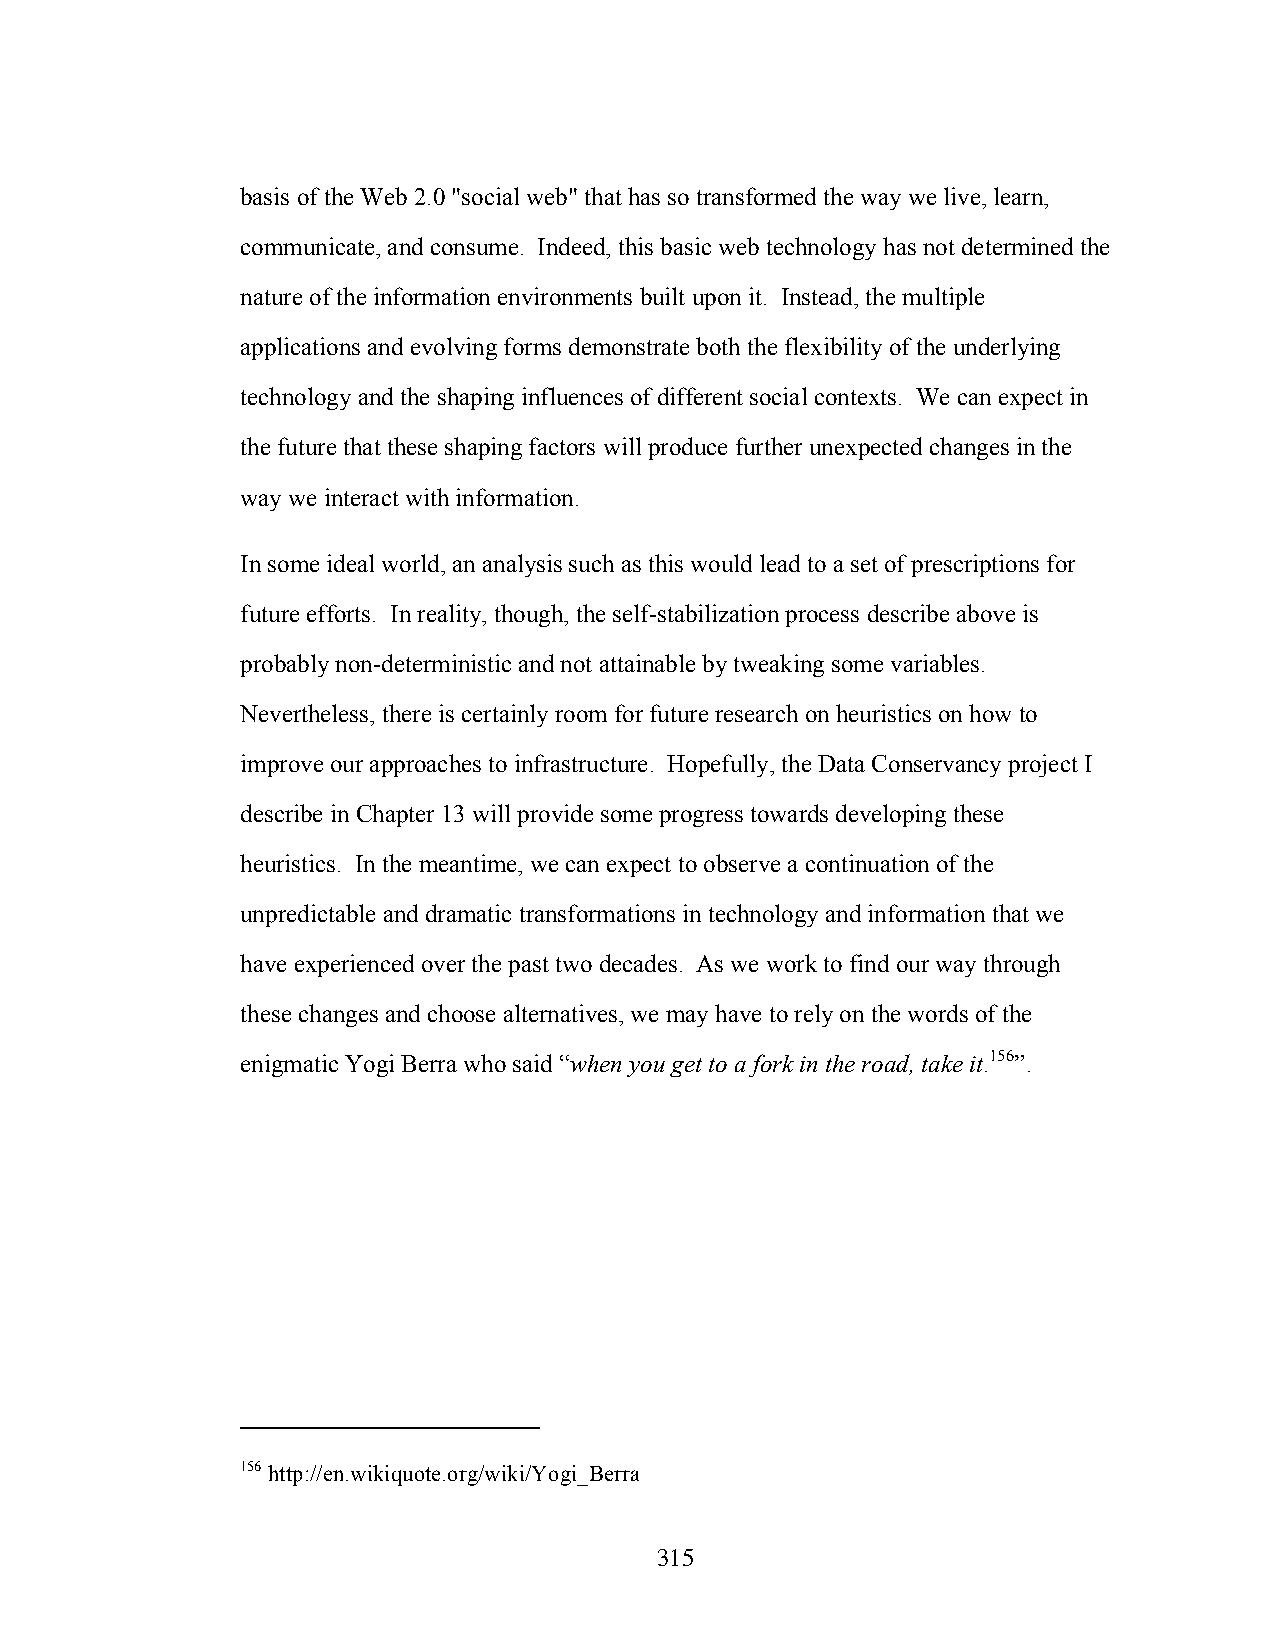
basis of the Web 2.0 "social web" that has so transformed the way we live, learn,
 communicate, and consume. Indeed, this basic web technology has not determined the
 nature of the information environments built upon it. Instead, the multiple
 applications and evolving forms demonstrate both the flexibility of the underlying
 technology and the shaping influences of different social contexts. We can expect in
 the future that these shaping factors will produce further unexpected changes in the
 way we interact with information.
 In some ideal world, an analysis such as this would lead to a set of prescriptions for
 future efforts. In reality, though, the self-stabilization process describe above is
 probably non-deterministic and not attainable by tweaking some variables.
 Nevertheless, there is certainly room for future research on heuristics on how to
 improve our approaches to infrastructure. Hopefully, the Data Conservancy project I
 describe in Chapter 13 will provide some progress towards developing these
 heuristics. In the meantime, we can expect to observe a continuation of the
 unpredictable and dramatic transformations in technology and information that we
 have experienced over the past two decades. As we work to find our way through
 these changes and choose alternatives, we may have to rely on the words of the
 enigmatic Yogi Berra who said “when you get to a fork in the road, take it.156”.
 156 http://en.wikiquote.org/wiki/Yogi_Berra
 315